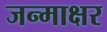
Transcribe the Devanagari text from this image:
जन्माक्षर